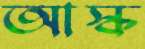
আস্ক